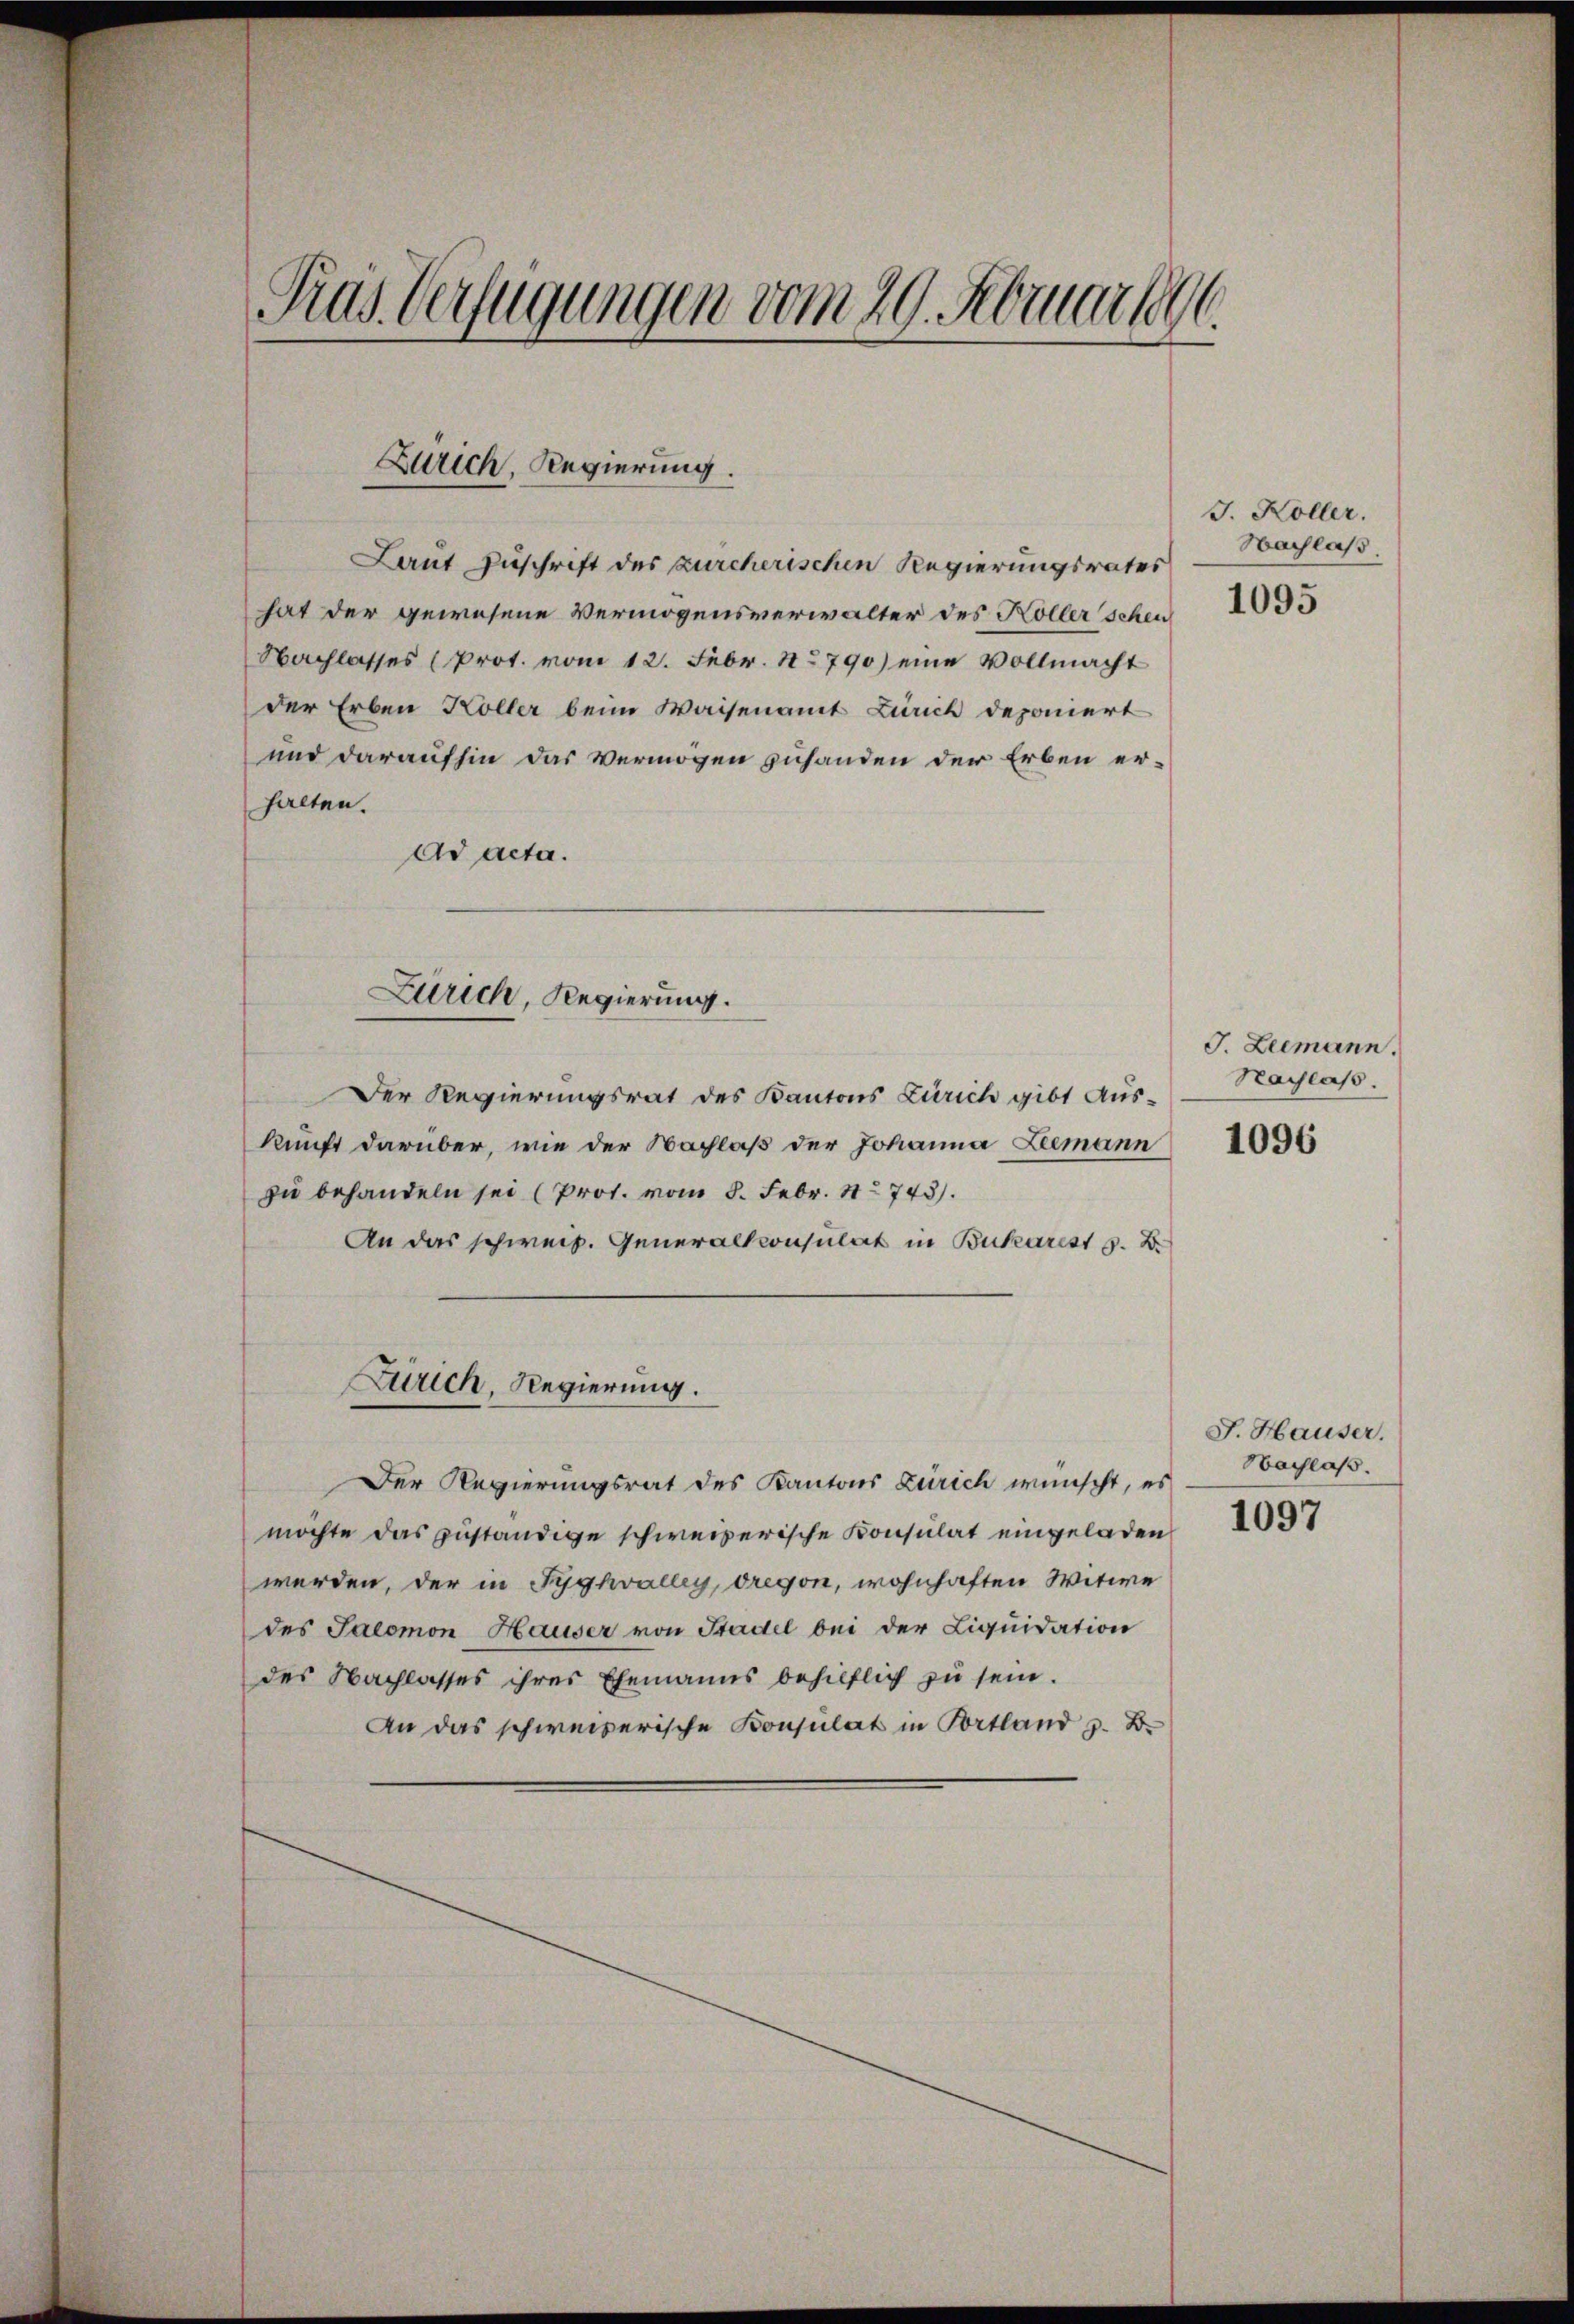
Tras Verfügungen vom 29. Februar 1896

Zürich, Regierung.

Laut Zuschrift des zürcherischen Regierungsrates
hat der gewesene Vermögensverwalter des Koller schen
Nachlasses (Prot. vom 12. Febr. 1790) eine Vollmacht
der Erben Koller beim Waisenamt Zürich deponiert
und daraufhin das Vermögen zuhanden der Erben erhalten.
Ad acta.
Der Regierungsrat des Kantons Zürich gibt Aus-
kunft darüber, wie der Nachlaβ der Johanna Leemann 2094
zu behandeln sei (Prot. vom 8. Febr. 18743).
An das schweiz. Generalkonsulat in Bukarest z. B.
Zürich, Regierung.
Der Regierungsrat des Kantons Zürich wünscht, es
möchte das zuständige schweizerische Konsulat eingeladen
werden, der in Tyghvalley, dreyon, wohnhaften Witwe
des Salomon Hauser von Stadel bei der Liquidation
des Nachlasses ihres Ehemanns behilflich zu sein.
An das schweizerische Konsulat in Portland z. B.

Zürich, Regierung.

J. Koller.
Nachlaß.
1095

J. Leemann.
Nachlass.

J. Hauser.
Nachlaß.
1097